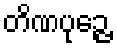
တိဏပုဉ္ဇေ